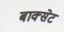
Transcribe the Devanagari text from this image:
बाक्सेट